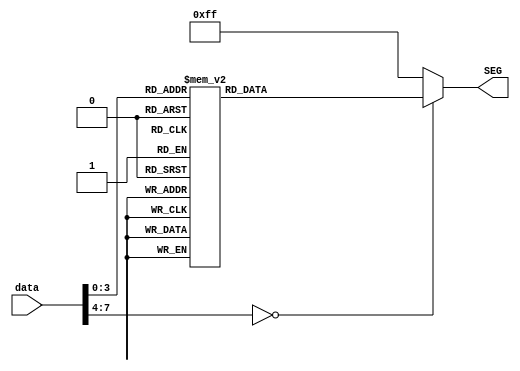
module seg_decoder(data,SEG);
    input [7:0]data;
    output reg [7:0] SEG;
    
    always begin
        case(data)
            0:SEG <= 'b11000000;
            1:SEG <= 'b11111001;
            2:SEG <= 'b10100100;
            3:SEG <= 'b10110000;
            4:SEG <= 'b10011001;
            5:SEG <= 'b10010010;
            6:SEG <= 'b10000010;
            7:SEG <= 'b11111000;
            8:SEG <= 'b10000000;
            9:SEG <= 'b10011000;
            default :SEG <= 'b11111111;
        endcase
    end
    
endmodule